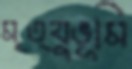
মৃত্যুভূমি